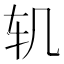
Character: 𮷖